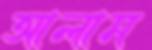
আলাম